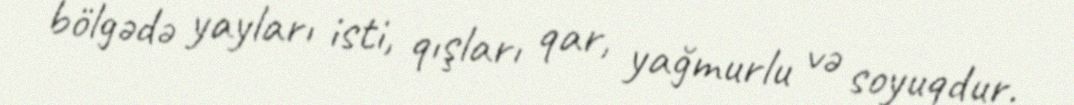
bölgədə yayları isti, qışları qar, yağmurlu və soyuqdur.